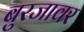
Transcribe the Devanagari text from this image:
बुरजावर